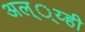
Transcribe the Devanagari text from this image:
अल््य्ही